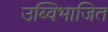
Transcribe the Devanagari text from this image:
उब्विभाजित